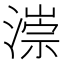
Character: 漴